Indian journal of veterinary science and animal husbandry - Volume 8,
Year: 1938
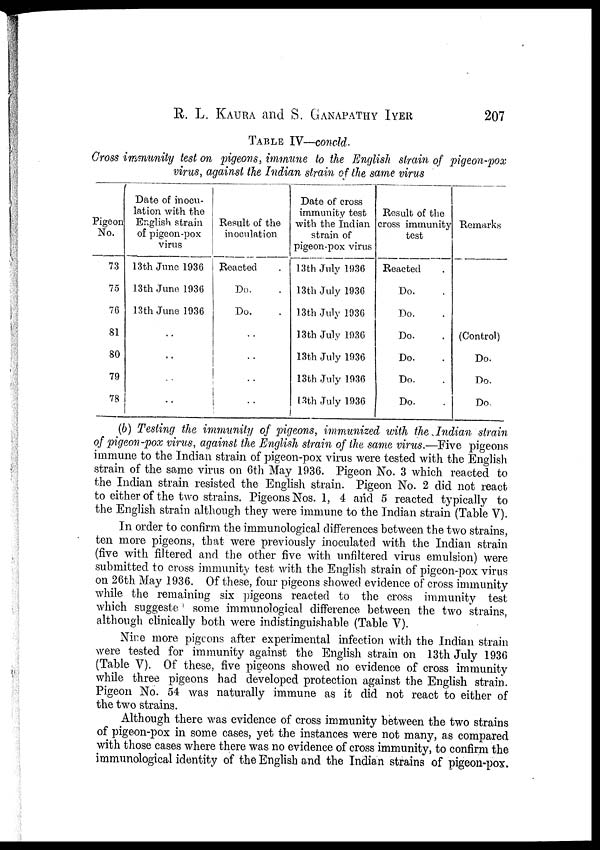
R. L.KAURA and S. GANAPATHY IYER 207
TABLE IV—concld.
Cross immunity test on pigeons, immune to the English strain of pigeon-pox
virus, against the Indian strain of the same virus
Pigeon
No.
73
75
76
81
80
79
78
Date of inocu-
lation with the
English strain
of pigeon-pox
virus
13th June 1936
13th June 1936
13th June 1936
..
..
..
..
Result of the
inoculation
Reacted
Do. .
Do. .
..
..
..
..
Date of cross
immunity test
with the Indian
strain of
pigeon-pox virus
13th July 1936
13th July 1936
13th July 1936
13th July 1936
13th July 1936
13th July 1936
13th July 1936
Result of the
cross immunity
test
Reacted
Do. .
Do. .
Do. .
Do. .
Do. .
Do. .
Remarks
(Control)
Do.
Do.
Do.
(b) Testing the immunity of pigeons, immunized with the Indian strain
of pigeon-pox virus, against the English strain of the same virus.—Five pigeons
immune to the Indian strain of pigeon-pox virus were tested with the English
strain of the same virus on 6th May 1936. Pigeon No. 3 which reacted to
the Indian strain resisted the English strain. Pigeon No. 2 did not react
to either of the two strains. Pigeons Nos. 1, 4 and 5 reacted typically to
the English strain although they were immune to the Indian strain (Table V).
In order to confirm the immunological differences between the two strains,
ten more pigeons, that were previously inoculated with the Indian strain
(five with filtered and the other five with unfiltered virus emulsion) were
submitted to cross immunity test with the English strain of pigeon-pox virus
on 26th May 1936. Of these, four pigeons showed evidence of cross immunity
while the remaining six pigeons reacted to the cross immunity test
which suggeste some immunological difference between the two strains,
although clinically both were indistinguishable (Table V).
Nine more pigeons after experimental infection with the Indian strain
were tested for immunity against the English strain on 13th July 1936
(Table V). Of these, five pigeons showed no evidence of cross immunity
while three pigeons had developed protection against the English strain.
Pigeon No. 54 was naturally immune as it did not react to either of
the two strains.
Although there was evidence of cross immunity between the two strains
of pigeon-pox in some cases, yet the instances were not many, as compared
with those cases where there was no evidence of cross immunity, to confirm the
immunological identity of the English and the Indian strains of pigeon-pox.